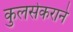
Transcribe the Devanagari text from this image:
कुलसेकराने